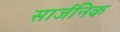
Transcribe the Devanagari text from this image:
सार्जनिक